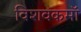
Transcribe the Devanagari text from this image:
विशवकमॉ